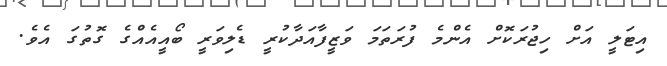
އިޓަލީ އަށް ހިޖުރަކޮށް އެންމެ ފުރަތަމަ ވަޒީފާއަދާކުރީ ޑެލިވަރީ ބޯއީއެއްގެ ގޮތުގަ އެވެ.